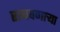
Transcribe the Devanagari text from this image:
राबवणाऱ्या